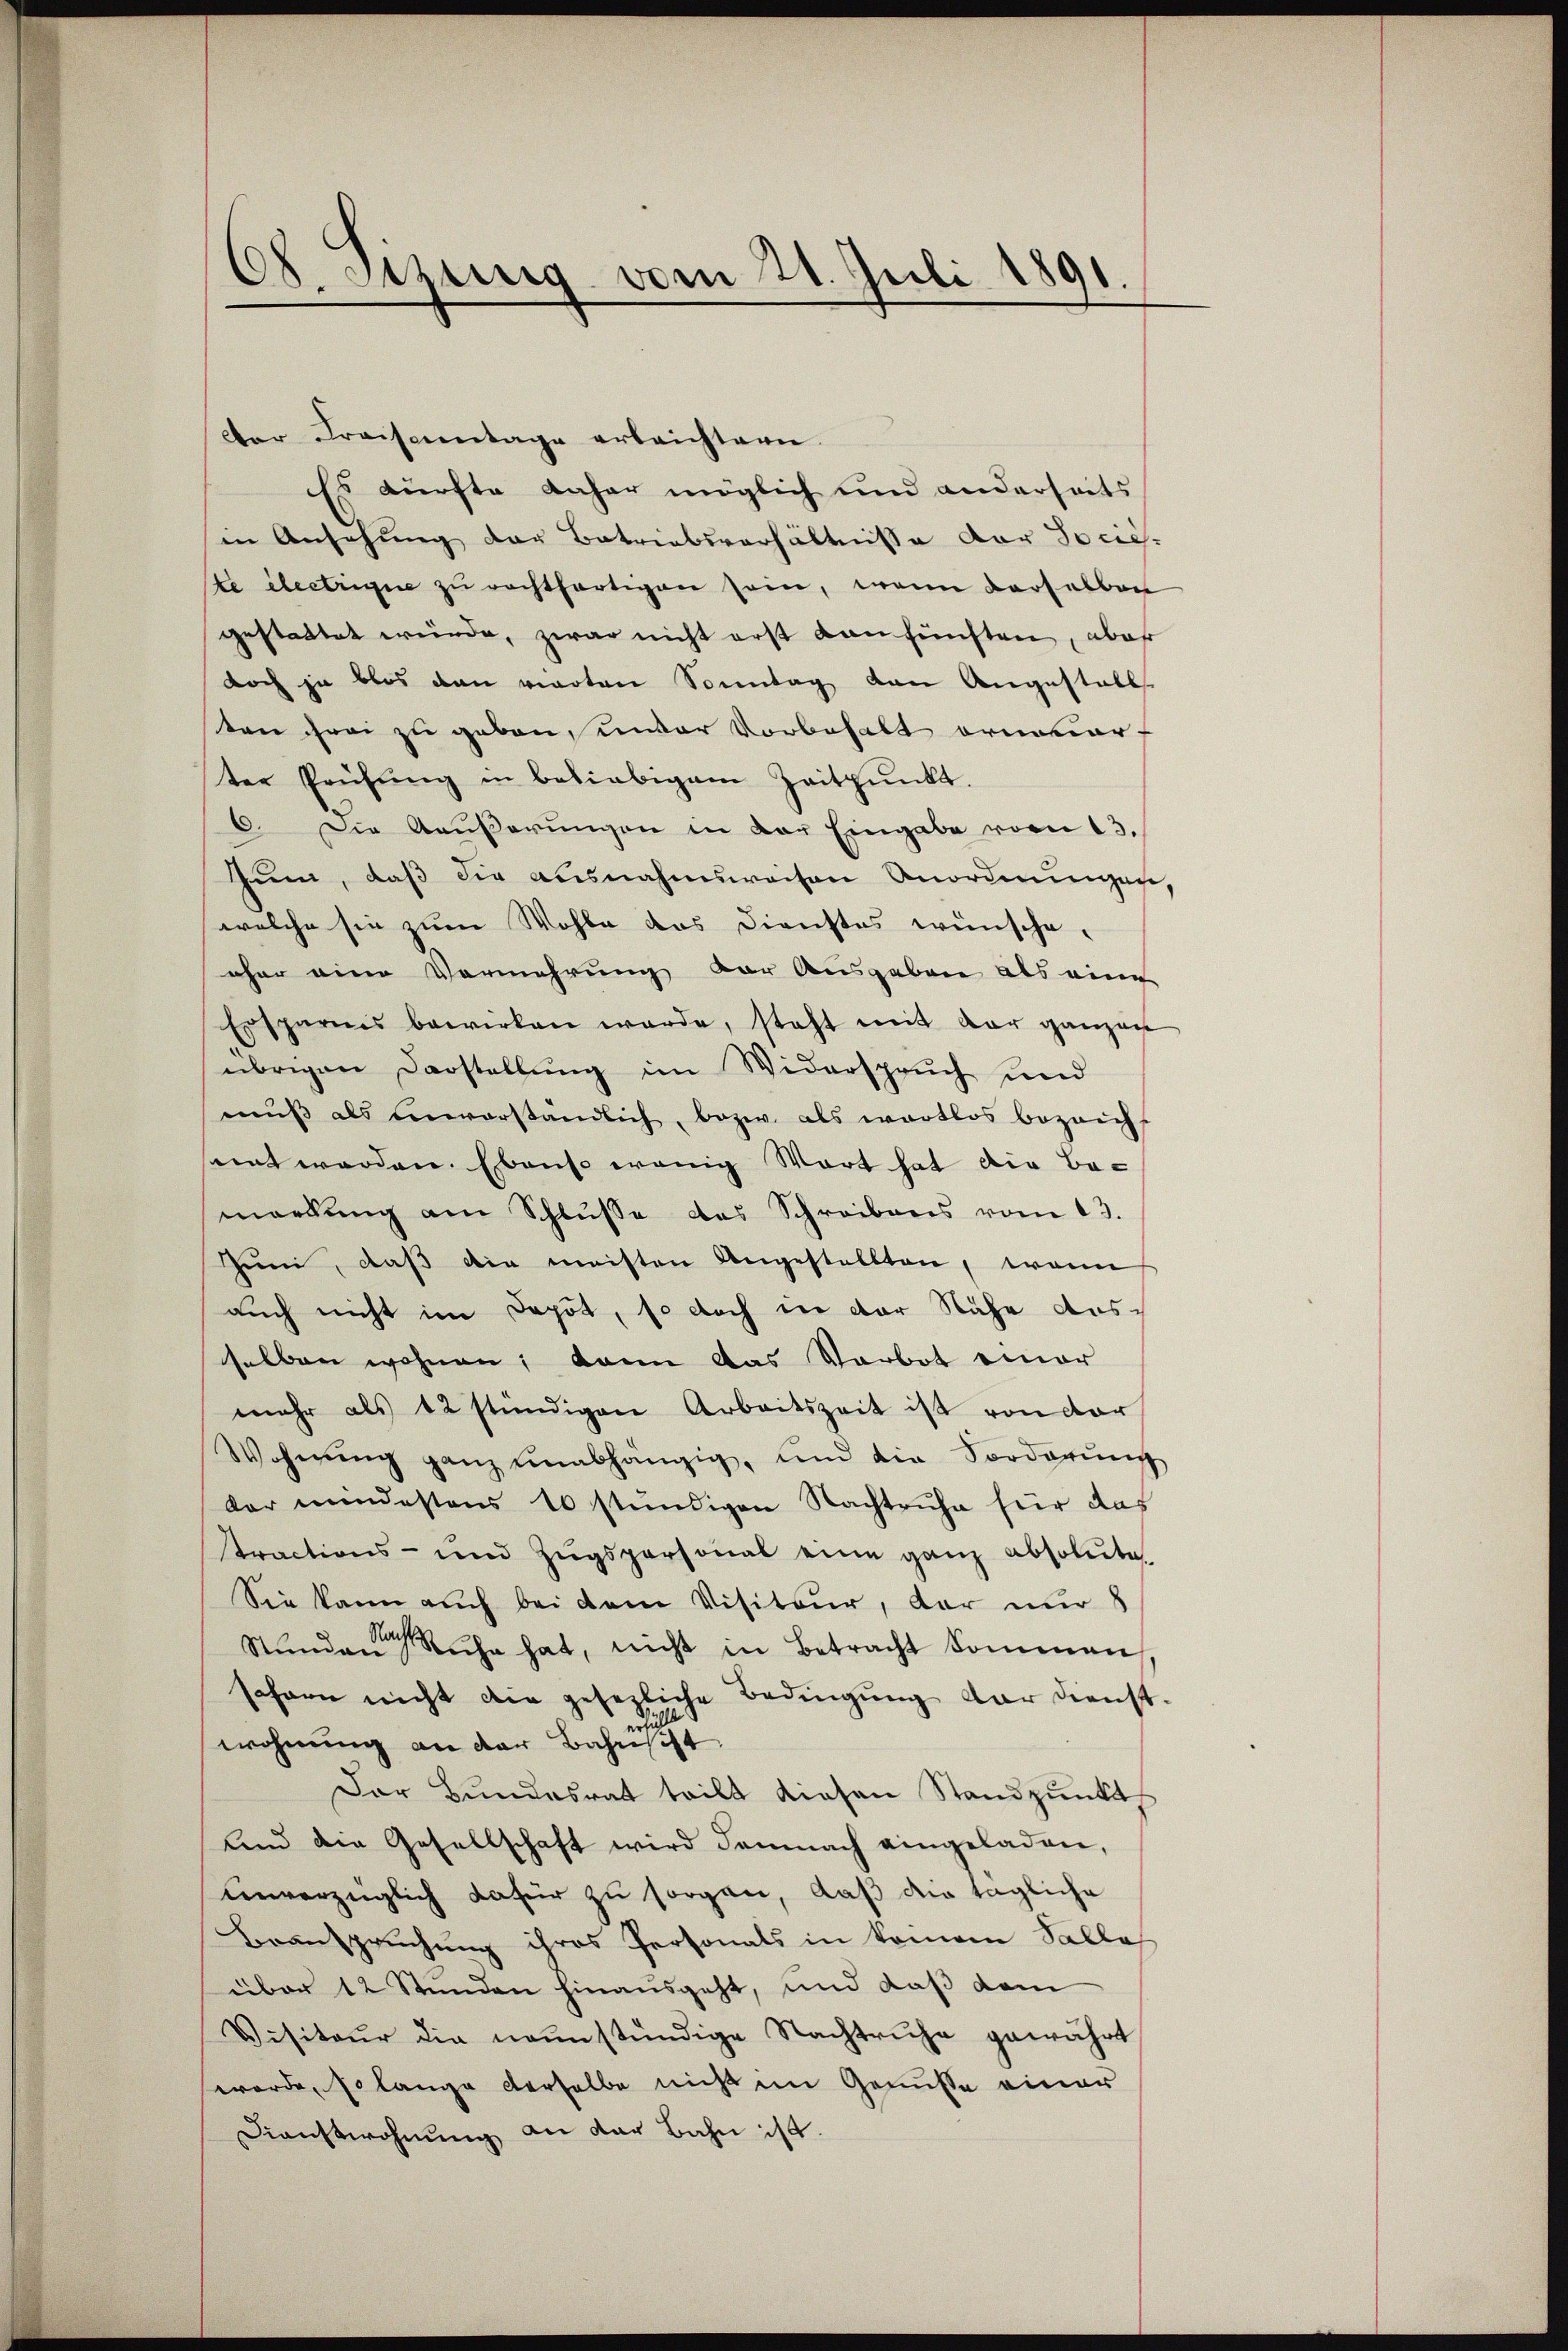
08. Sitzung vom 21. Juli 1891.

der Kraisentage erleichtern.
Es dürfte daher möglich und anderseits
in Ansehung der Betriebsverhältnisse der Socieste electrigue zu rechtfertigen sein, wenn derselben
gestattet würde, zwar nicht erst anfünften, aber
doch ja blos dann vierten Sonntag den Angestall
ten frei zu geben, unter Vorbehalt ornavier-
ter Prüfŭng in beliebigem Zeitpŭnkt.
6. Die Aŭβerŭngen in der Eingabe vom 13.
Zum, daß die ausnahmswochen Anordnungen,
welche sie zum Wohle das Dienstes wünsche.
oher eine Vermehrung vor Ausgaben als eine
Ersparnis bewirken werde, steht mit dar ganzen
übrigen Darstellung im Widerspruch und
mŭβ als einverständlich, bezw. als wertlos bezeichs
nnt werden. Ebenso wenig Wort hat die Bemerkŭng am Schlŭsse das Schreibens vom 13.
Juni, daß die meisten Angestellten, wenn
auch nicht im Depot, so doch der der Nähe ausselben wohnen; kann das Verbot einer
mehr als 12 stündigen Arbeitszeit ist von dar
Wohnŭng ganz unabhängig, und die Forderŭng
dar mindestens 10 stündigen Nachtruhe für das
tractions- und Zŭgspersonal eine ganz absolute
Sie kann auch bei dem Visiteur, der nur 8
Stunden Ruhe hat, nicht in Betracht kommen
scharn nicht die gesezliche Bedingŭng dar dienst
wohnung an der Bahnscht.
Der Bŭndesrat teilt diesen Standpŭnkt
And die Gesellschaft wird demnach eingeladen,
enverzüglich dafür zu sorgen, daß die tägliche
Branspruchung ihres Personals in keinem Falle
über 12 Stunden hinausgeht, und daß dam
Visitaŭr die neŭnstündige Nachtruhe gewährt
worde, so lange derselbe nicht im Genüsse einer
Dinstwohnung an der Bahn ist.